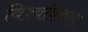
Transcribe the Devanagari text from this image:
विश्वविकास